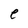
Character: e